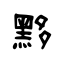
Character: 黟